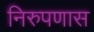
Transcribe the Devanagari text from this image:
निरुपणास